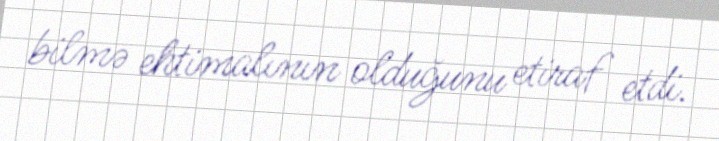
bilmə ehtimalının olduğunu etiraf etdi.